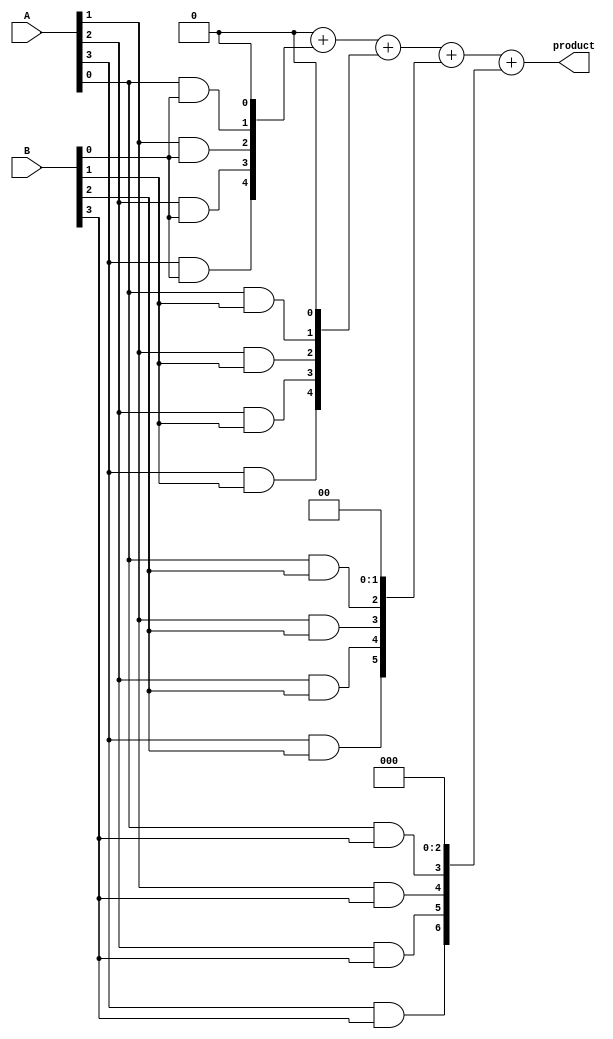
module array_multiplier #(parameter A_WIDTH = 4, B_WIDTH = 4)(
    input [A_WIDTH-1:0] A,
    input [B_WIDTH-1:0] B,
    output reg [A_WIDTH + B_WIDTH - 1:0] product
);

    // Internal wires for storing partial products
    wire [A_WIDTH - 1:0] partial_products[B_WIDTH - 1:0];

    // Generate the array of AND gates for partial products
    genvar i, j;
    generate
        for (i = 0; i < B_WIDTH; i = i + 1) begin : multiply
            for (j = 0; j < A_WIDTH; j = j + 1) begin : and_gate
                assign partial_products[i][j] = A[j] & B[i];
            end
        end
    endgenerate

    // Internal registers to perform addition of partial products
    reg [A_WIDTH + B_WIDTH - 1:0] sum [B_WIDTH:0];
    
    // Initialize the sum array
    integer k;
    always @(*) begin
        // Initialize sum[0] with the first partial product
        sum[0] = {partial_products[0], 1'b0}; // Shifted left by 0 bits

        // Generate partial products by shifting left based on index
        for (k = 1; k < B_WIDTH; k = k + 1) begin
            sum[k] = {partial_products[k], k'b0}; // Shifted left by k bits
        end

        // Initialize the product to zero
        product = 0;

        // Add the partial products
        for (k = 0; k < B_WIDTH; k = k + 1) begin
            product = product + sum[k];
        end
    end

endmodule